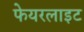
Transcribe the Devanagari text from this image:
फेयरलाइट